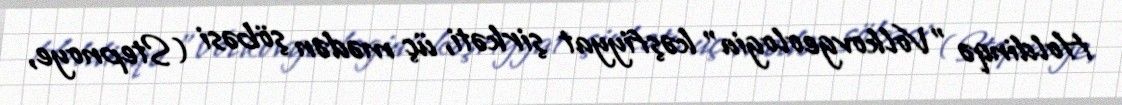
Holdinqə "Volkovgeologia" kəşfiyyat şirkəti, üç mədən şöbəsi (Stepnoye,